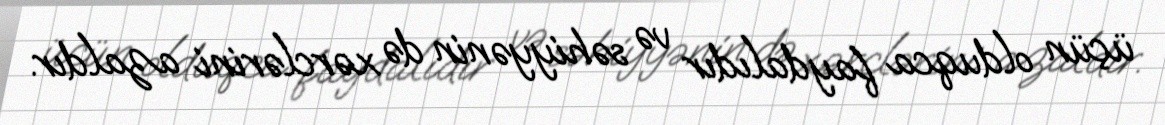
üçün olduqca faydalıdır və səhiyyənin də xərclərini azaldır.